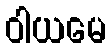
ဝါယမေ